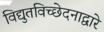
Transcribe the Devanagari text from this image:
विद्युतविच्छेदनाद्वारे